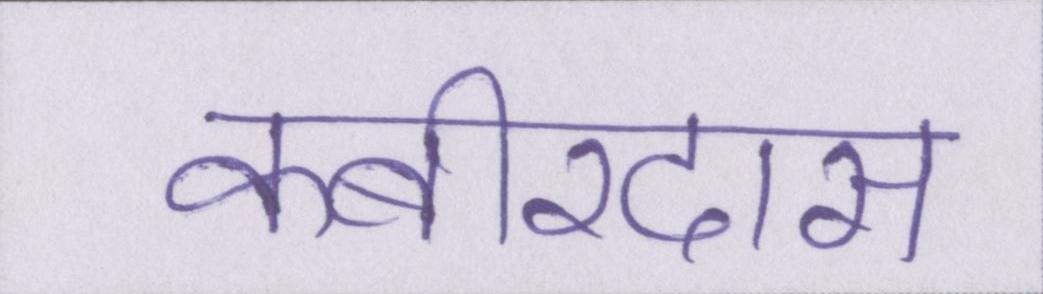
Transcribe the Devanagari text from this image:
कबीरदास